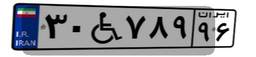
۶۱W۳۹۷۸۸